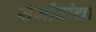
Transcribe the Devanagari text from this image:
संजीवांचा